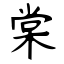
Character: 棠